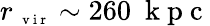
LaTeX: r_{\mathrm{~\scriptsize~v~i~r~}}\sim 260~\mathrm{~k~p~c~}